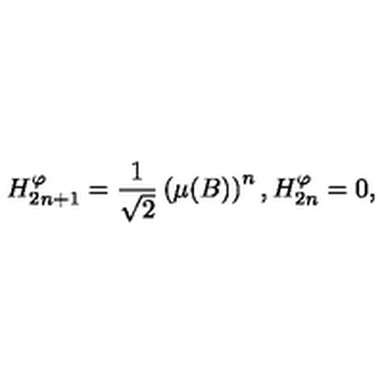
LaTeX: H _ { 2 n + 1 } ^ { \varphi } = \frac { 1 } { \sqrt 2 } \left( \mu ( B ) \right) ^ { n } , H _ { 2 n } ^ { \varphi } = 0 ,